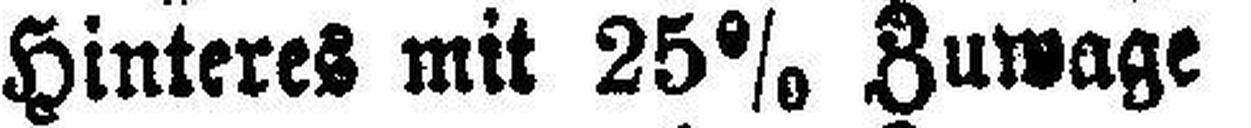
Hinteres mit 25% Zuwage